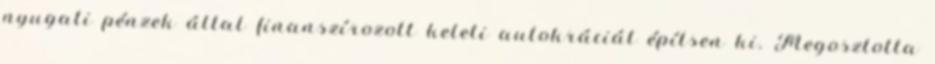
nyugati pénzek által finanszírozott keleti autokráciát építsen ki. Megosztotta